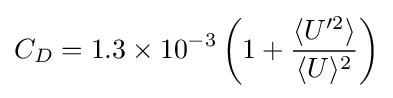
C_{D}=1.3\times 10^{-3}\left(1+{\frac {\langle U'^{2}\rangle }{\langle U\rangle ^{2}}}\right)